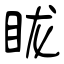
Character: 眬